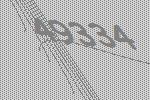
49334